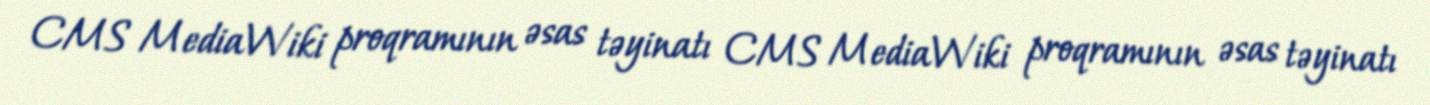
CMS MediaWiki proqramının əsas təyinatı CMS MediaWiki proqramının əsas təyinatı